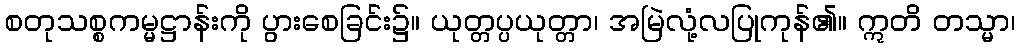
စတုသစ္စကမ္မဋ္ဌာန်းကို ပွားစေခြင်း၌။ ယုတ္တပ္ပယုတ္တာ၊ အမြဲလုံ့လပြုကုန်၏။ ဣတိ တသ္မာ၊